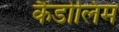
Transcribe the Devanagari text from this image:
कैंडोलिम